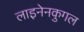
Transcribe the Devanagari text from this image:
लाइनेनकुगल